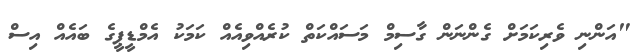
"އަންނި ވެރިކަމަށް ގެންނަން ގާސިމް މަސައްކަތް ކުރެއްވިއެއް ކަމަކު އެމްޑީޕީގެ ބައެއް އިސް